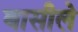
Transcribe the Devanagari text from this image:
बासीले